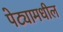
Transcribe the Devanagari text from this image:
पेट्यामधील